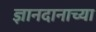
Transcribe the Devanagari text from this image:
ज्ञानदानाच्या